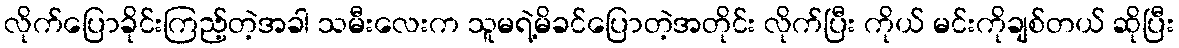
လိုက်ပြောခိုင်းကြည့်တဲ့အခါ သမီးလေးက သူမရဲ့မိခင်ပြောတဲ့အတိုင်း လိုက်ပြီး ကိုယ် မင်းကိုချစ်တယ် ဆိုပြီး